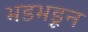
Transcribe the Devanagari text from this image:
भडभडून